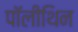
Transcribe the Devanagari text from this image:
पॉलीथिन